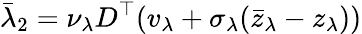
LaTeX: \bar{\lambda}_{2}=\nu_{\lambda}D^{\top}(v_{\lambda}+\sigma_{\lambda}(\bar{z}_{\lambda}-z_{\lambda}))